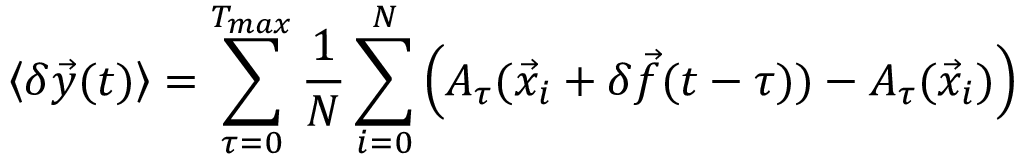
\left< { \delta \vec { y } ( t ) } \right> = \sum _ { \tau = 0 } ^ { T _ { m a x } } \frac { 1 } { N } \sum _ { i = 0 } ^ { N } { \left( A _ { \tau } ( \vec { x } _ { i } + \delta \vec { f } ( t - \tau ) ) - A _ { \tau } ( \vec { x } _ { i } ) \right) }